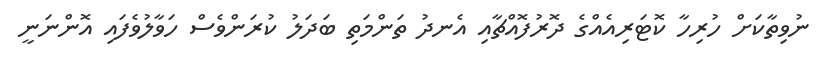
ނުވިތާކަށް ހުރިހާ ކޮޓަރިއެއްގެ ދޮރުފޮއްޗާއި އެނދު ތަންމަތި ބަދަލު ކުރަންވެސް ހަވާލުވެފައި އޮންނަނީ